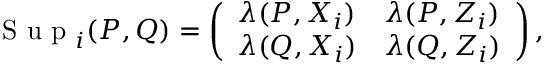
\begin{array} { r } { \mathrm { ~ S ~ u ~ p ~ } _ { i } ( P , Q ) = \left( \begin{array} { l l } { \lambda ( P , X _ { i } ) } & { \lambda ( P , Z _ { i } ) } \\ { \lambda ( Q , X _ { i } ) } & { \lambda ( Q , Z _ { i } ) } \end{array} \right) , } \end{array}